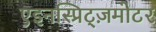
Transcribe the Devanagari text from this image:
एइनस्प्रिट्ज़मोटर